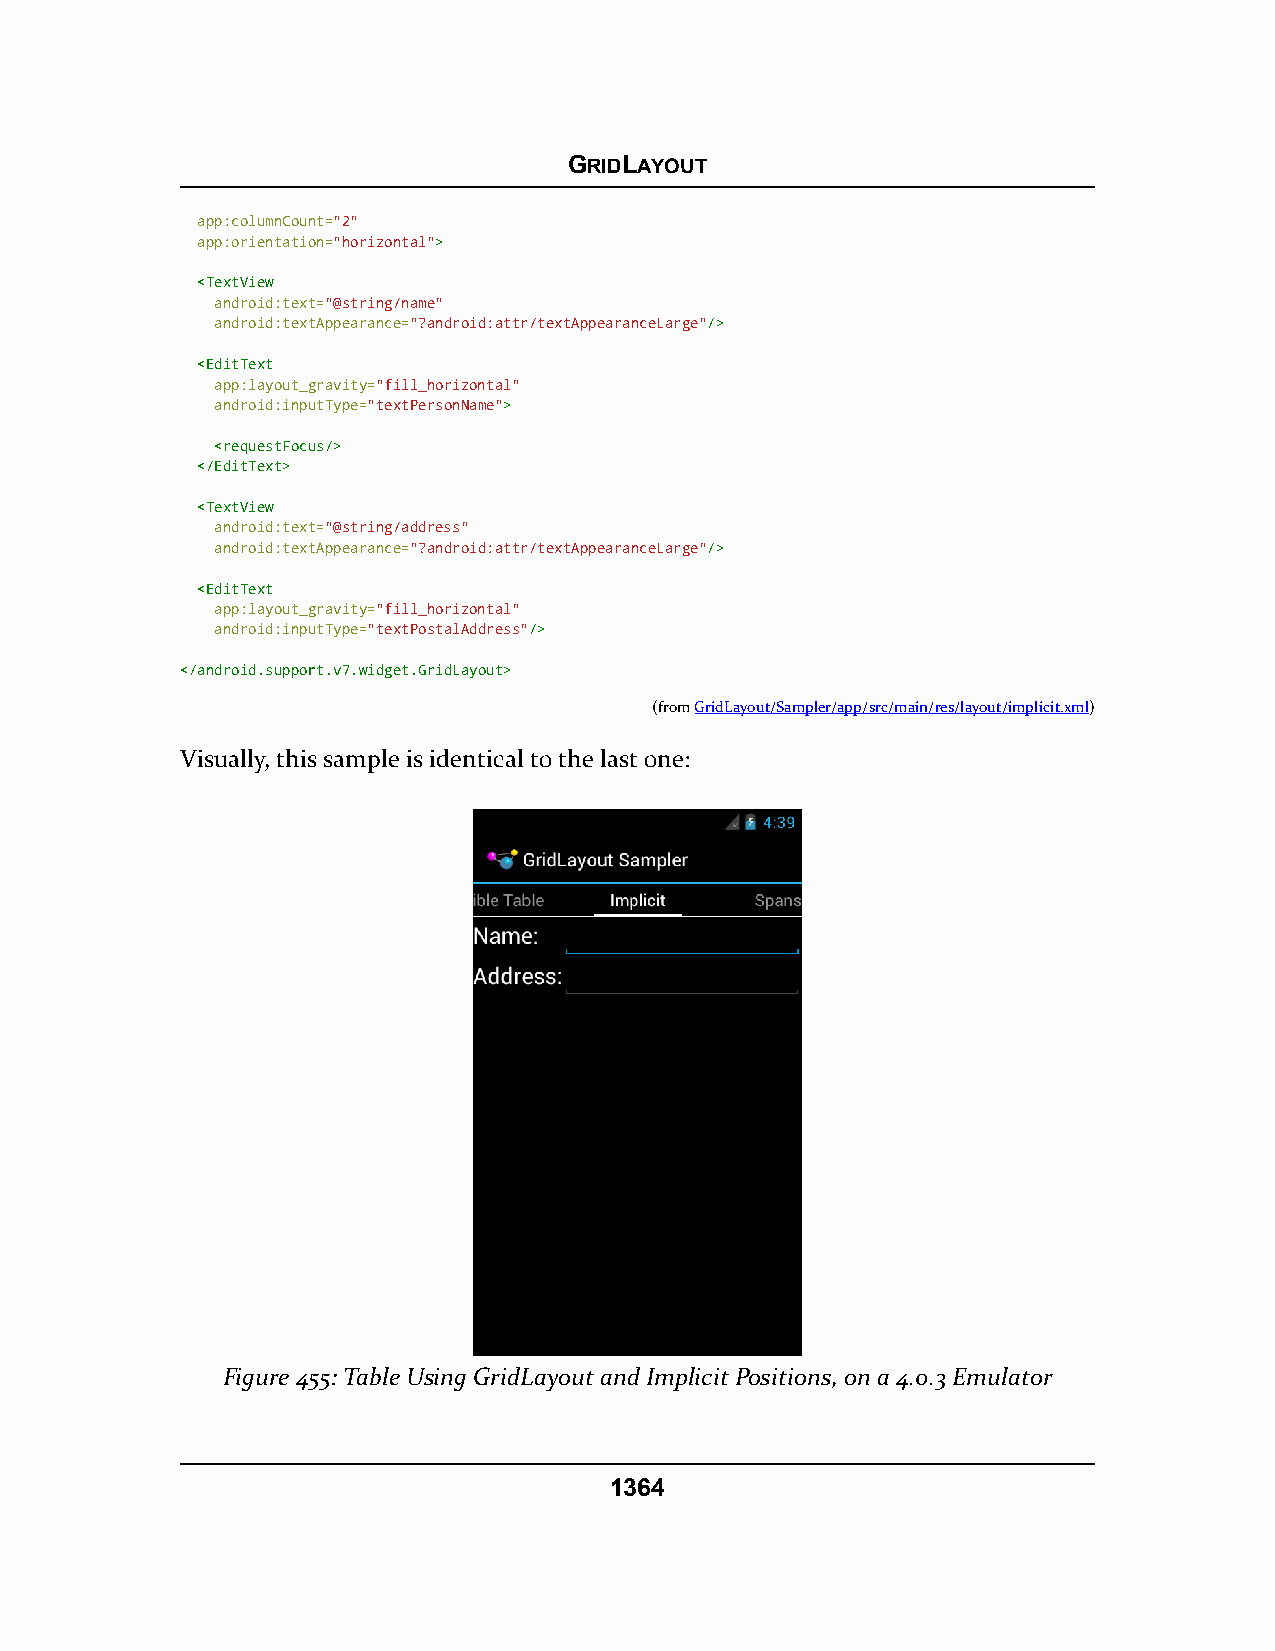
GRIDLAYOUT
 app:columnCount="2"
 app:orientation="horizontal">>
 <<TTeexxttVViieeww
 android:text="@string/name"
 android:textAppearance="?android:attr/textAppearanceLarge"//>>
 <<EEddiittTTeexxtt
 app:layout_gravity="fill_horizontal"
 android:inputType="textPersonName">>
 <<rreeqquueessttFFooccuuss//>>
 <<//EEddiittTTeexxtt>>
 <<TTeexxttVViieeww
 android:text="@string/address"
 android:textAppearance="?android:attr/textAppearanceLarge"//>>
 <<EEddiittTTeexxtt
 app:layout_gravity="fill_horizontal"
 android:inputType="textPostalAddress"//>>
 <<//aannddrrooiidd..ssuuppppoorrtt..vv77..wwiiddggeett..GGrriiddLLaayyoouutt>>
 (fromGridLayout/Sampler/app/src/main/res/layout/implicit.xml)
 Visually, this sample is identical to the last one:
 Figure 455: Table Using GridLayout and Implicit Positions, on a 4.0.3 Emulator
 1364